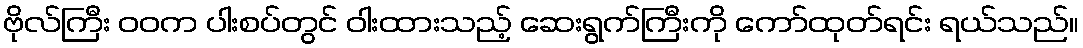
ဗိုလ်ကြီး ဝဝက ပါးစပ်တွင် ဝါးထားသည့် ဆေးရွက်ကြီးကို ကော်ထုတ်ရင်း ရယ်သည်။